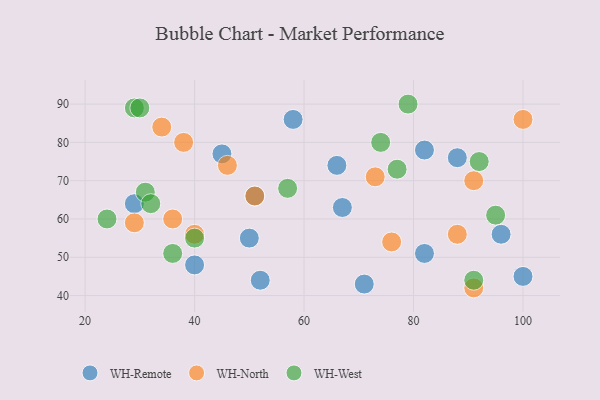
{"axis": {"x": "GDP", "y": "Life Expectancy"}, "legend": ["WH-North", "WH-Remote", "WH-West"], "data": [{"x": "66", "y": 74, "type": "WH-Remote"}, {"x": "45", "y": 77, "type": "WH-Remote"}, {"x": "82", "y": 51, "type": "WH-Remote"}, {"x": "96", "y": 56, "type": "WH-Remote"}, {"x": "58", "y": 86, "type": "WH-Remote"}, {"x": "29", "y": 64, "type": "WH-Remote"}, {"x": "88", "y": 76, "type": "WH-Remote"}, {"x": "71", "y": 43, "type": "WH-Remote"}, {"x": "51", "y": 66, "type": "WH-Remote"}, {"x": "67", "y": 63, "type": "WH-Remote"}, {"x": "52", "y": 44, "type": "WH-Remote"}, {"x": "40", "y": 48, "type": "WH-Remote"}, {"x": "82", "y": 78, "type": "WH-Remote"}, {"x": "100", "y": 45, "type": "WH-Remote"}, {"x": "50", "y": 55, "type": "WH-Remote"}, {"x": "34", "y": 84, "type": "WH-North"}, {"x": "88", "y": 56, "type": "WH-North"}, {"x": "100", "y": 86, "type": "WH-North"}, {"x": "91", "y": 42, "type": "WH-North"}, {"x": "29", "y": 59, "type": "WH-North"}, {"x": "91", "y": 70, "type": "WH-North"}, {"x": "46", "y": 74, "type": "WH-North"}, {"x": "38", "y": 80, "type": "WH-North"}, {"x": "73", "y": 71, "type": "WH-North"}, {"x": "36", "y": 60, "type": "WH-North"}, {"x": "76", "y": 54, "type": "WH-North"}, {"x": "40", "y": 56, "type": "WH-North"}, {"x": "51", "y": 66, "type": "WH-North"}, {"x": "36", "y": 51, "type": "WH-West"}, {"x": "92", "y": 75, "type": "WH-West"}, {"x": "74", "y": 80, "type": "WH-West"}, {"x": "79", "y": 90, "type": "WH-West"}, {"x": "40", "y": 55, "type": "WH-West"}, {"x": "57", "y": 68, "type": "WH-West"}, {"x": "24", "y": 60, "type": "WH-West"}, {"x": "29", "y": 89, "type": "WH-West"}, {"x": "91", "y": 44, "type": "WH-West"}, {"x": "31", "y": 67, "type": "WH-West"}, {"x": "77", "y": 73, "type": "WH-West"}, {"x": "30", "y": 89, "type": "WH-West"}, {"x": "95", "y": 61, "type": "WH-West"}, {"x": "32", "y": 64, "type": "WH-West"}]}